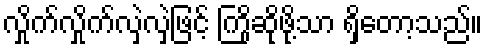
လှိုက်လှိုက်လှဲလှဲဖြင့် ကြိုဆိုဖို့သာ ရှိတော့သည်။